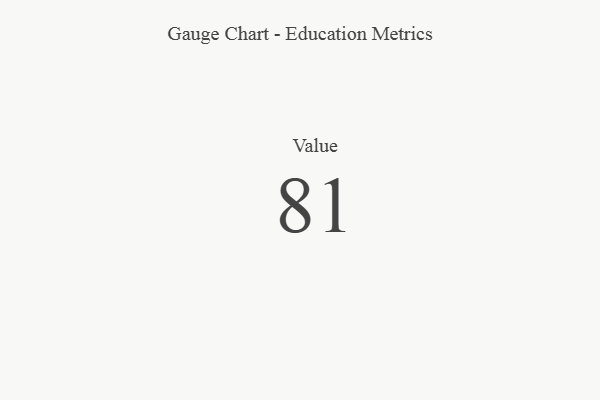
{"axis": {"x": "Metric", "y": "Value"}, "legend": [""], "data": [{"x": "Value", "y": 81, "type": ""}]}